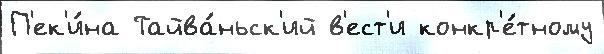
П'ек'и́на Тайва́ньск'ий в'ест'и конкр'е́тному